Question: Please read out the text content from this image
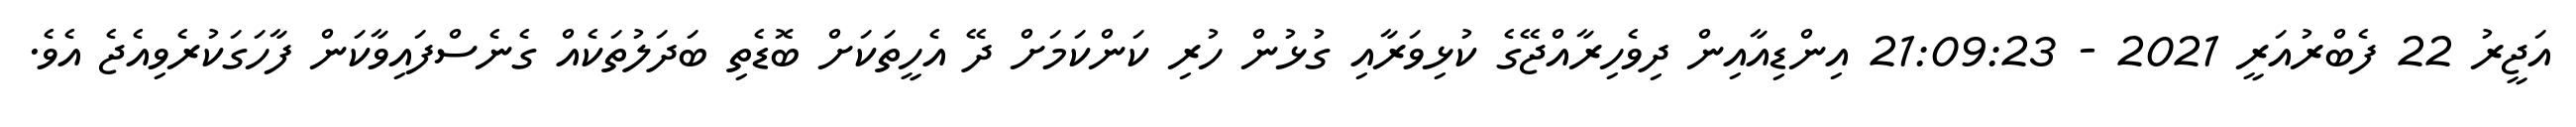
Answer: އަޖީރު 22 ފެބްރުއަރީ 2021 - 21:09:23 އިންޑިއާއިން ދިވެހިރާއްޖޭގެ ކުޅިވަރާއި ގުޅުން ހުރި ކަންކަމަށް ދޭ އެހީތަކަށް ބޮޑެތި ބަދަލުތަކެއް ގެނެސްފައިވާކަން ފާހަގަކުރެވިއެޖެ އެވެ.